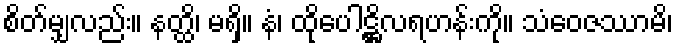
စိတ်မျှလည်း။ နတ္ထိ၊ မရှိ။ နံ၊ ထိုပေါဋ္ဌိလရဟန်းကို။ သံဝေဇဿာမိ၊